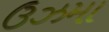
ઉઝમા